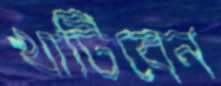
খাটিবেন